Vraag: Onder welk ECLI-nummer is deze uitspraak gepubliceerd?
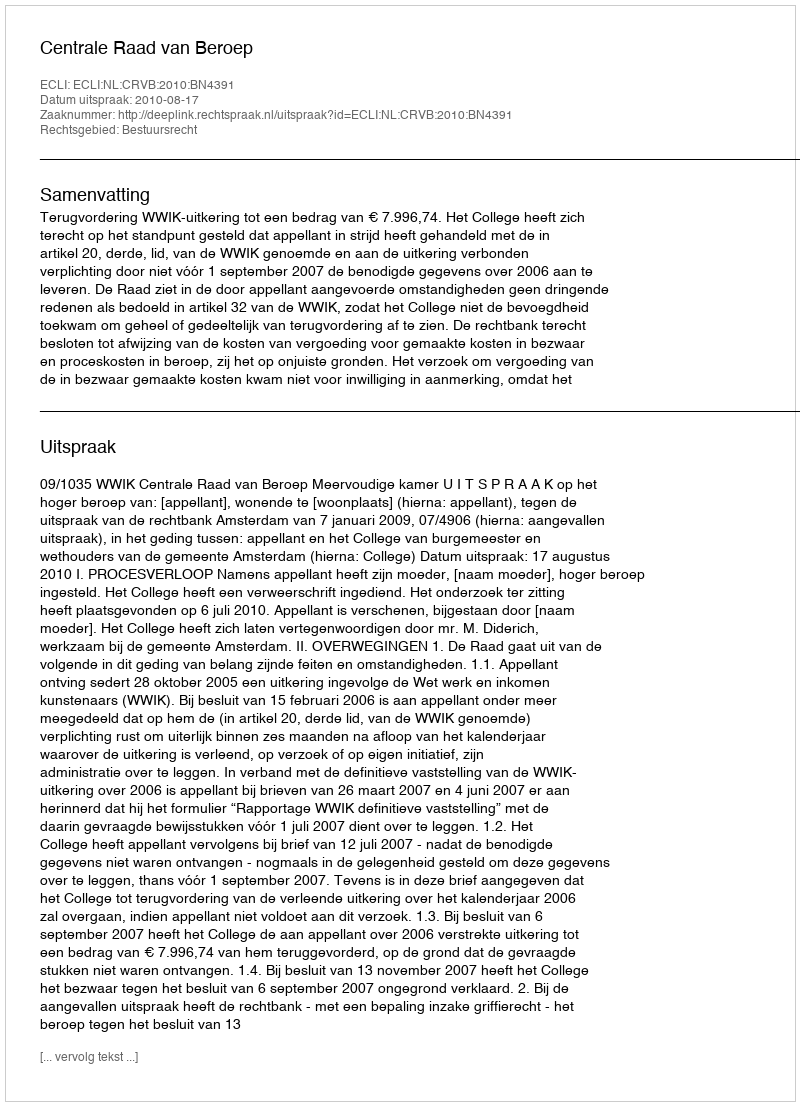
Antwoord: ECLI:NL:CRVB:2010:BN4391